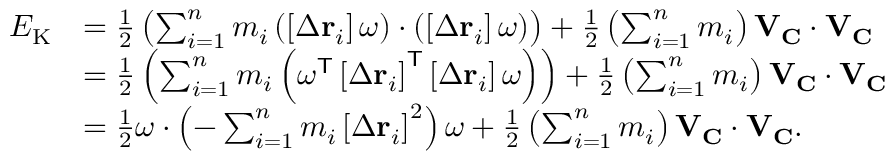
{ \begin{array} { r l } { E _ { \mathrm { K } } } & { = { \frac { 1 } { 2 } } \left( \sum _ { i = 1 } ^ { n } m _ { i } \left( \left[ \Delta \mathbf { r } _ { i } \right] { \boldsymbol { \omega } } \right) \cdot \left( \left[ \Delta \mathbf { r } _ { i } \right] { \boldsymbol { \omega } } \right) \right) + { \frac { 1 } { 2 } } \left( \sum _ { i = 1 } ^ { n } m _ { i } \right) \mathbf { V } _ { \mathbf { C } } \cdot \mathbf { V } _ { \mathbf { C } } } \\ & { = { \frac { 1 } { 2 } } \left( \sum _ { i = 1 } ^ { n } m _ { i } \left( { \boldsymbol { \omega } } ^ { \mathsf { T } } \left[ \Delta \mathbf { r } _ { i } \right] ^ { \mathsf { T } } \left[ \Delta \mathbf { r } _ { i } \right] { \boldsymbol { \omega } } \right) \right) + { \frac { 1 } { 2 } } \left( \sum _ { i = 1 } ^ { n } m _ { i } \right) \mathbf { V } _ { \mathbf { C } } \cdot \mathbf { V } _ { \mathbf { C } } } \\ & { = { \frac { 1 } { 2 } } { \boldsymbol { \omega } } \cdot \left( - \sum _ { i = 1 } ^ { n } m _ { i } \left[ \Delta \mathbf { r } _ { i } \right] ^ { 2 } \right) { \boldsymbol { \omega } } + { \frac { 1 } { 2 } } \left( \sum _ { i = 1 } ^ { n } m _ { i } \right) \mathbf { V } _ { \mathbf { C } } \cdot \mathbf { V } _ { \mathbf { C } } . } \end{array} }